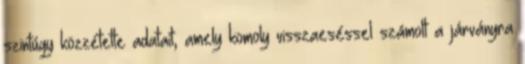
szintúgy közzétette adatait, amely komoly visszaeséssel számolt a járványra